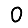
Digit: 0